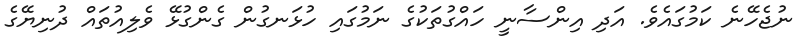
ނުޖެހޭނެ ކަމުގައެވެ. އަދި އިންސާނީ ހައްގުތަކުގެ ނަމުގައި ހުޅަނގުން ގެންގުޅޭ ވެލިއުތައް ދުނިޔޭގެ